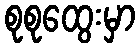
စုစုထွေးမှာ